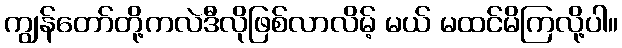
ကျွန်တော်တို့ကလဲဒီလိုဖြစ်လာလိမ့် မယ် မထင်မိကြလို့ပါ။